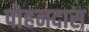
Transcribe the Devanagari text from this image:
पोहनदास